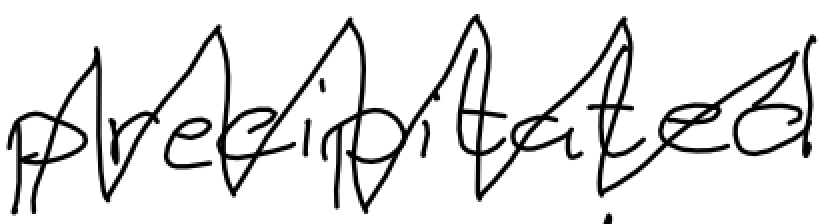
Text: precipitated
Cross-out: zig-zag
Writing tool: digital_black